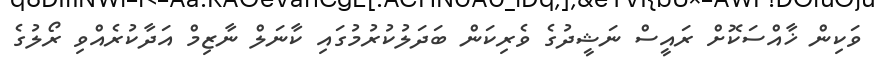
ވަކިން ޚާއްސަކޮށް ރައީސް ނަޝީދުގެ ވެރިކަން ބަދަލުކުރުމުގައި ކާނަލް ނާޒިމް އަދާކުރެއްވި ރޯލުގެ